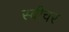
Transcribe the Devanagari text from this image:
स्वीचर